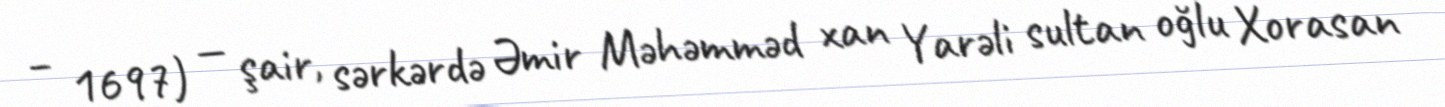
– 1697) — şair, sərkərdə Əmir Məhəmməd xan Yarəli sultan oğlu Xorasan